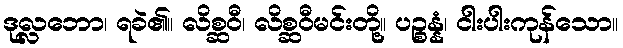
ဒုလ္လဘော၊ ရခဲ၏။ လိစ္ဆဝီ၊ လိစ္ဆဝီမင်းတို့။ ပဉ္စန္နံ၊ ငါးပါးကုန်သော။